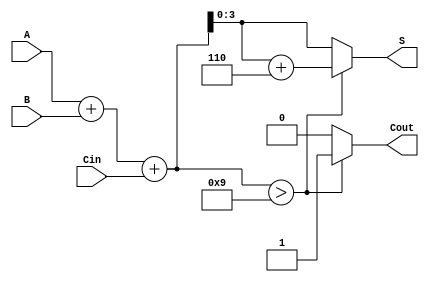
module BCD_Redundant_Binary_Adder (
    input [3:0] A,       // BCD Input A
    input [3:0] B,       // BCD Input B
    input Cin,           // Carry-in 
    output reg [3:0] S,  // BCD Sum Output
    output reg Cout      // Carry-out
);

    // Intermediate variable for the sum
    reg [4:0] sum; // 5 bits to accommodate the carry

    // The constant used for BCD correction
    parameter ADJUST = 4'b0110; // 6 in binary

    always @(*) begin
        // Compute the initial sum of two BCD inputs and the carry-in
        sum = A + B + Cin;

        // Check for BCD correction
        if (sum > 4'b1001) begin
            // If the sum exceeds 9, apply the BCD correction
            sum = sum + ADJUST;
            Cout = 1; // Set the carry-out for BCD correction
        end else begin
            Cout = 0; // No carry-out
        end

        // Assign the lower 4 bits of the adjusted sum to the output
        S = sum[3:0];
    end

endmodule